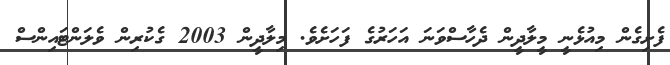
ފެށިގެން މިއުޅެނީ މީލާދީން ދެހާސްވަނަ އަހަރުގެ ފަހަށެވެ. މިލާދީން 2003 ގެކުރިން ވެލަންޓައިންސް